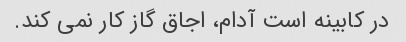
در کابینه است آدام، اجاق گاز کار نمی کند.